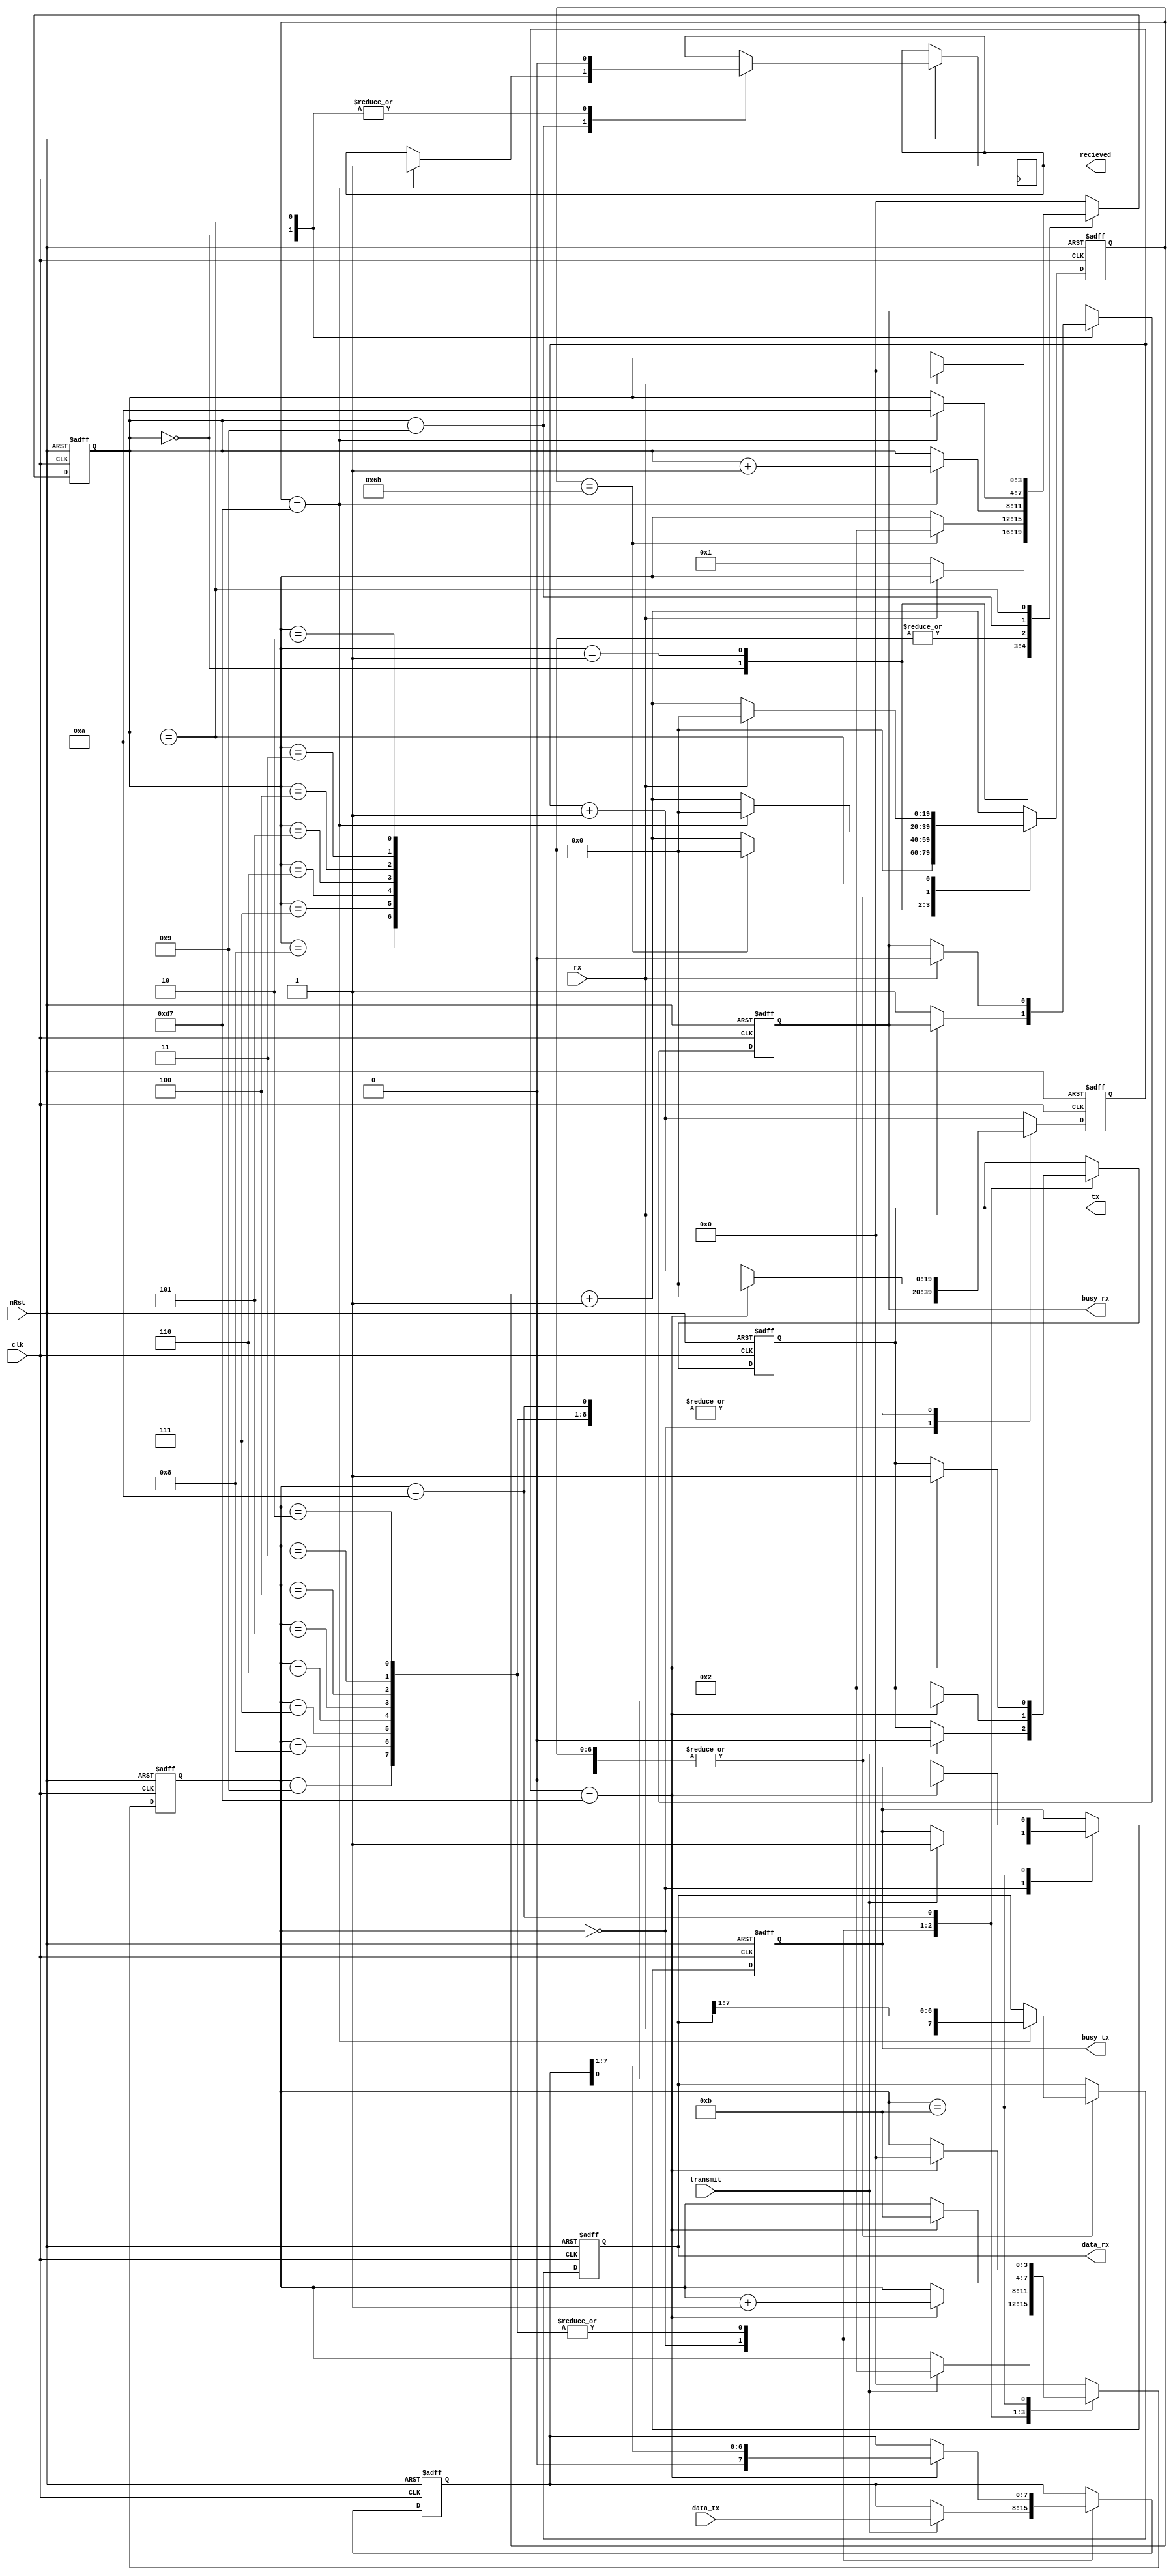
module uart(
   input             clk,
   input             nRst,
   input             transmit,   // Raise to trasmit
   input       [7:0] data_tx,    // Transmit this
   input             rx,
   output reg        busy_tx,
   output reg        busy_rx,
   output reg        recieved,   // Raised when byte recieved, zero when getting
   output reg  [7:0] data_rx,    // This is recieved
   output reg        tx
);


   // Params
   parameter   BAUD = 20'd215,      // 8.6us count, 115200 baud 
               BAUD_05 = BAUD / 2,
               

               RX_IDLE  = 4'h0,
               RX_START = 4'h1,
               RX_1     = 4'h2,
               RX_2     = 4'h3,
               RX_3     = 4'h4,
               RX_4     = 4'h5,
               RX_5     = 4'h6,
               RX_6     = 4'h7,
               RX_7     = 4'h8,
               RX_8     = 4'h9,
               RX_WAIT  = 4'hA,
   

               TX_IDLE  = 4'h0, 
               TX_START = 4'h1, 
               TX_1     = 4'h2,
               TX_2     = 4'h3,
               TX_3     = 4'h4,
               TX_4     = 4'h5,
               TX_5     = 4'h6,
               TX_6     = 4'h7,
               TX_7     = 4'h8,
               TX_8     = 4'h9,
               TX_WAIT  = 4'hA,
               TX_BUSY  = 4'hB;

   // Internal Regs
   reg [3:0]   state_rx;
   reg [19:0]   count_rx;

   reg [3:0]   state_tx;
   reg [19:0]   count_tx;
   reg [7:0]   shift_tx;
 

     
   // Serial clock generation - 115200 baud = 50MHz/5208
   always @(posedge clk or negedge nRst) begin
      if(!nRst) begin

         // RX
         count_rx    <= 0;
         data_rx    <= 0;
         busy_rx     <= 0;
         state_rx    <= RX_IDLE;

         // TX
         count_tx    <= 0;
         shift_tx    <= 0;
         busy_tx     <= 0;
         state_tx    <= TX_IDLE;
         tx          <= 1;

      end else begin

         // RX state machine
         count_rx <= count_rx + 1'b1;
         case(state_rx)
            RX_IDLE:    begin                                     // Wait for incoming
                           count_rx    <= 0;
                           recieved    <= 0;
                           if(!rx) begin
                              state_rx <= RX_START;
                              busy_rx  <= 1; 
                           end
                        end
            RX_START:   if(count_rx == BAUD_05) begin             // Half sample
                           state_rx    <= RX_1;
                           count_rx    <= 0;
                        end
            RX_1, 
            RX_2, 
            RX_3, 
            RX_4, 
            RX_5, 
            RX_6, 
            RX_7:       if(count_rx == BAUD) begin                // Shift in bits
                           data_rx    <= {rx,data_rx[7:1]};
                           count_rx    <= 0;
                           state_rx <= state_rx + 1'b1;
                        end
            RX_8:       if(count_rx == BAUD) begin                // Last bit
                           data_rx     <= {rx,data_rx[7:1]};
                           count_rx    <= 0;
                           state_rx    <= RX_WAIT;
                           recieved    <= 1;
                        end
            RX_WAIT:    begin
                           recieved    <= 0;
                           if(rx) begin                           // Wait for line to go high
                              busy_rx     <= 0;
                              state_rx    <= RX_IDLE;
                              count_rx    <= 0;
                           end
                        end
            default:    state_rx       <= RX_IDLE;
         endcase



         // TX state machine
         count_tx <= count_tx + 1'b1;
         case(state_tx)
            TX_IDLE:    begin                                     // When told to transmit take line low
                           count_tx    <= 0;
                           if(transmit) begin
                              shift_tx <= data_tx;
                              state_tx <= TX_1;
                              busy_tx  <= 1;
                              tx       <= 0; 
                           end
                        end
            TX_1, 
            TX_2, 
            TX_3, 
            TX_4, 
            TX_5, 
            TX_6, 
            TX_7,
            TX_8:       if(count_tx == BAUD) begin                // Shift out bits
                           tx          <= shift_tx[0];
                           shift_tx    <= shift_tx >> 1;
                           count_tx    <= 0;
                           state_tx <= state_tx + 1'b1;
                        end
            TX_WAIT:    if(count_tx == BAUD) begin                // Return line high and wait
                           state_tx    <= TX_BUSY;
                           tx          <= 1;
                           count_tx    <= 0;
                        end
            TX_BUSY:    if(count_tx == BAUD) begin                // Keep the line high for one baud period
                           state_tx    <= TX_IDLE;
                           busy_tx     <= 0; 
                        end
            default:    state_tx       <= TX_IDLE;
         endcase
      end
   end
endmodule